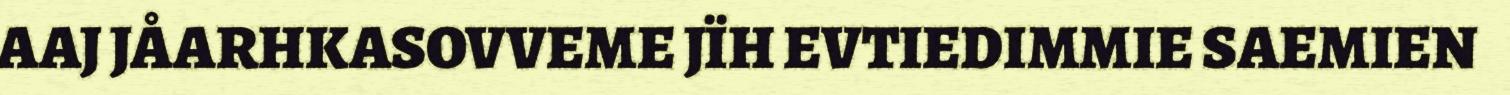
AAJ JÅARHKASOVVEME JÏH EVTIEDIMMIE SAEMIEN